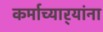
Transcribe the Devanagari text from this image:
कर्माच्यार्‍यांना